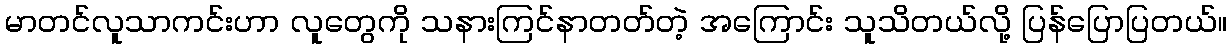
မာတင်လူသာကင်းဟာ လူတွေကို သနားကြင်နာတတ်တဲ့ အကြောင်း သူသိတယ်လို့ ပြန်ပြောပြတယ်။